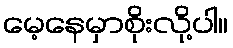
မေ့နေမှာစိုးလို့ပါ။